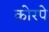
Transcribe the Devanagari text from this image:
कोरपे